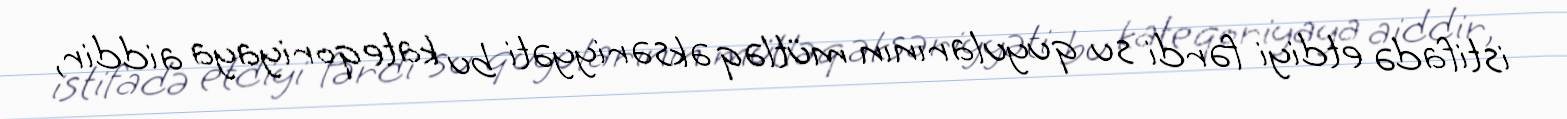
istifadə etdiyi fərdi su quyularının mütləq əksəriyyəti bu kateqoriyaya aiddir,